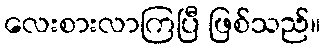
လေးစားလာကြပြီ ဖြစ်သည်။